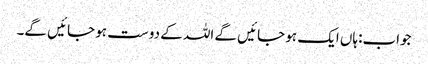
جواب:ہاں ایک ہو جائیں گے اللہ کے دوست ہو جائیں گے۔